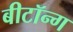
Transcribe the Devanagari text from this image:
बीटॉन्ग